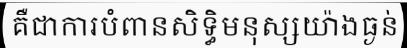
គឺជាការបំពានសិទ្ធិមនុស្សយ៉ាងធ្ងន់